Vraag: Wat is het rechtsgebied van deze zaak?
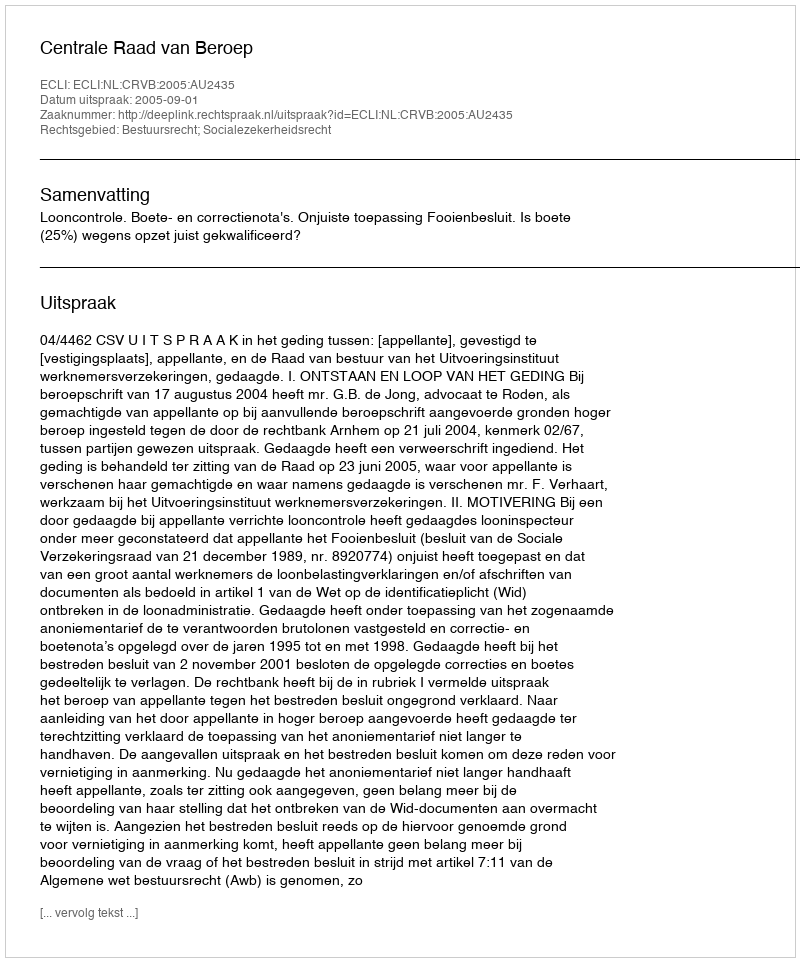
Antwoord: Bestuursrecht; Socialezekerheidsrecht